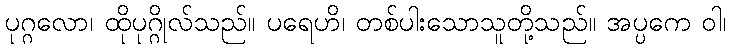
ပုဂ္ဂလော၊ ထိုပုဂ္ဂိုလ်သည်။ ပရေဟိ၊ တစ်ပါးသောသူတို့သည်။ အပ္ပကေ ဝါ၊